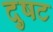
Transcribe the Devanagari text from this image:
दुषट